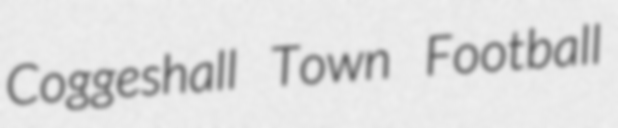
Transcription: Coggeshall Town Football